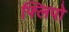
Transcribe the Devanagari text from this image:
फ्लिपो